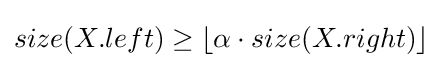
size(X.left)\geq \lfloor \alpha \cdot size(X.right)\rfloor